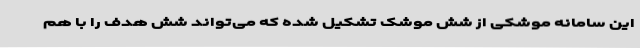
این سامانه موشکی از شش موشک تشکیل شده که می‌تواند شش هدف را با هم